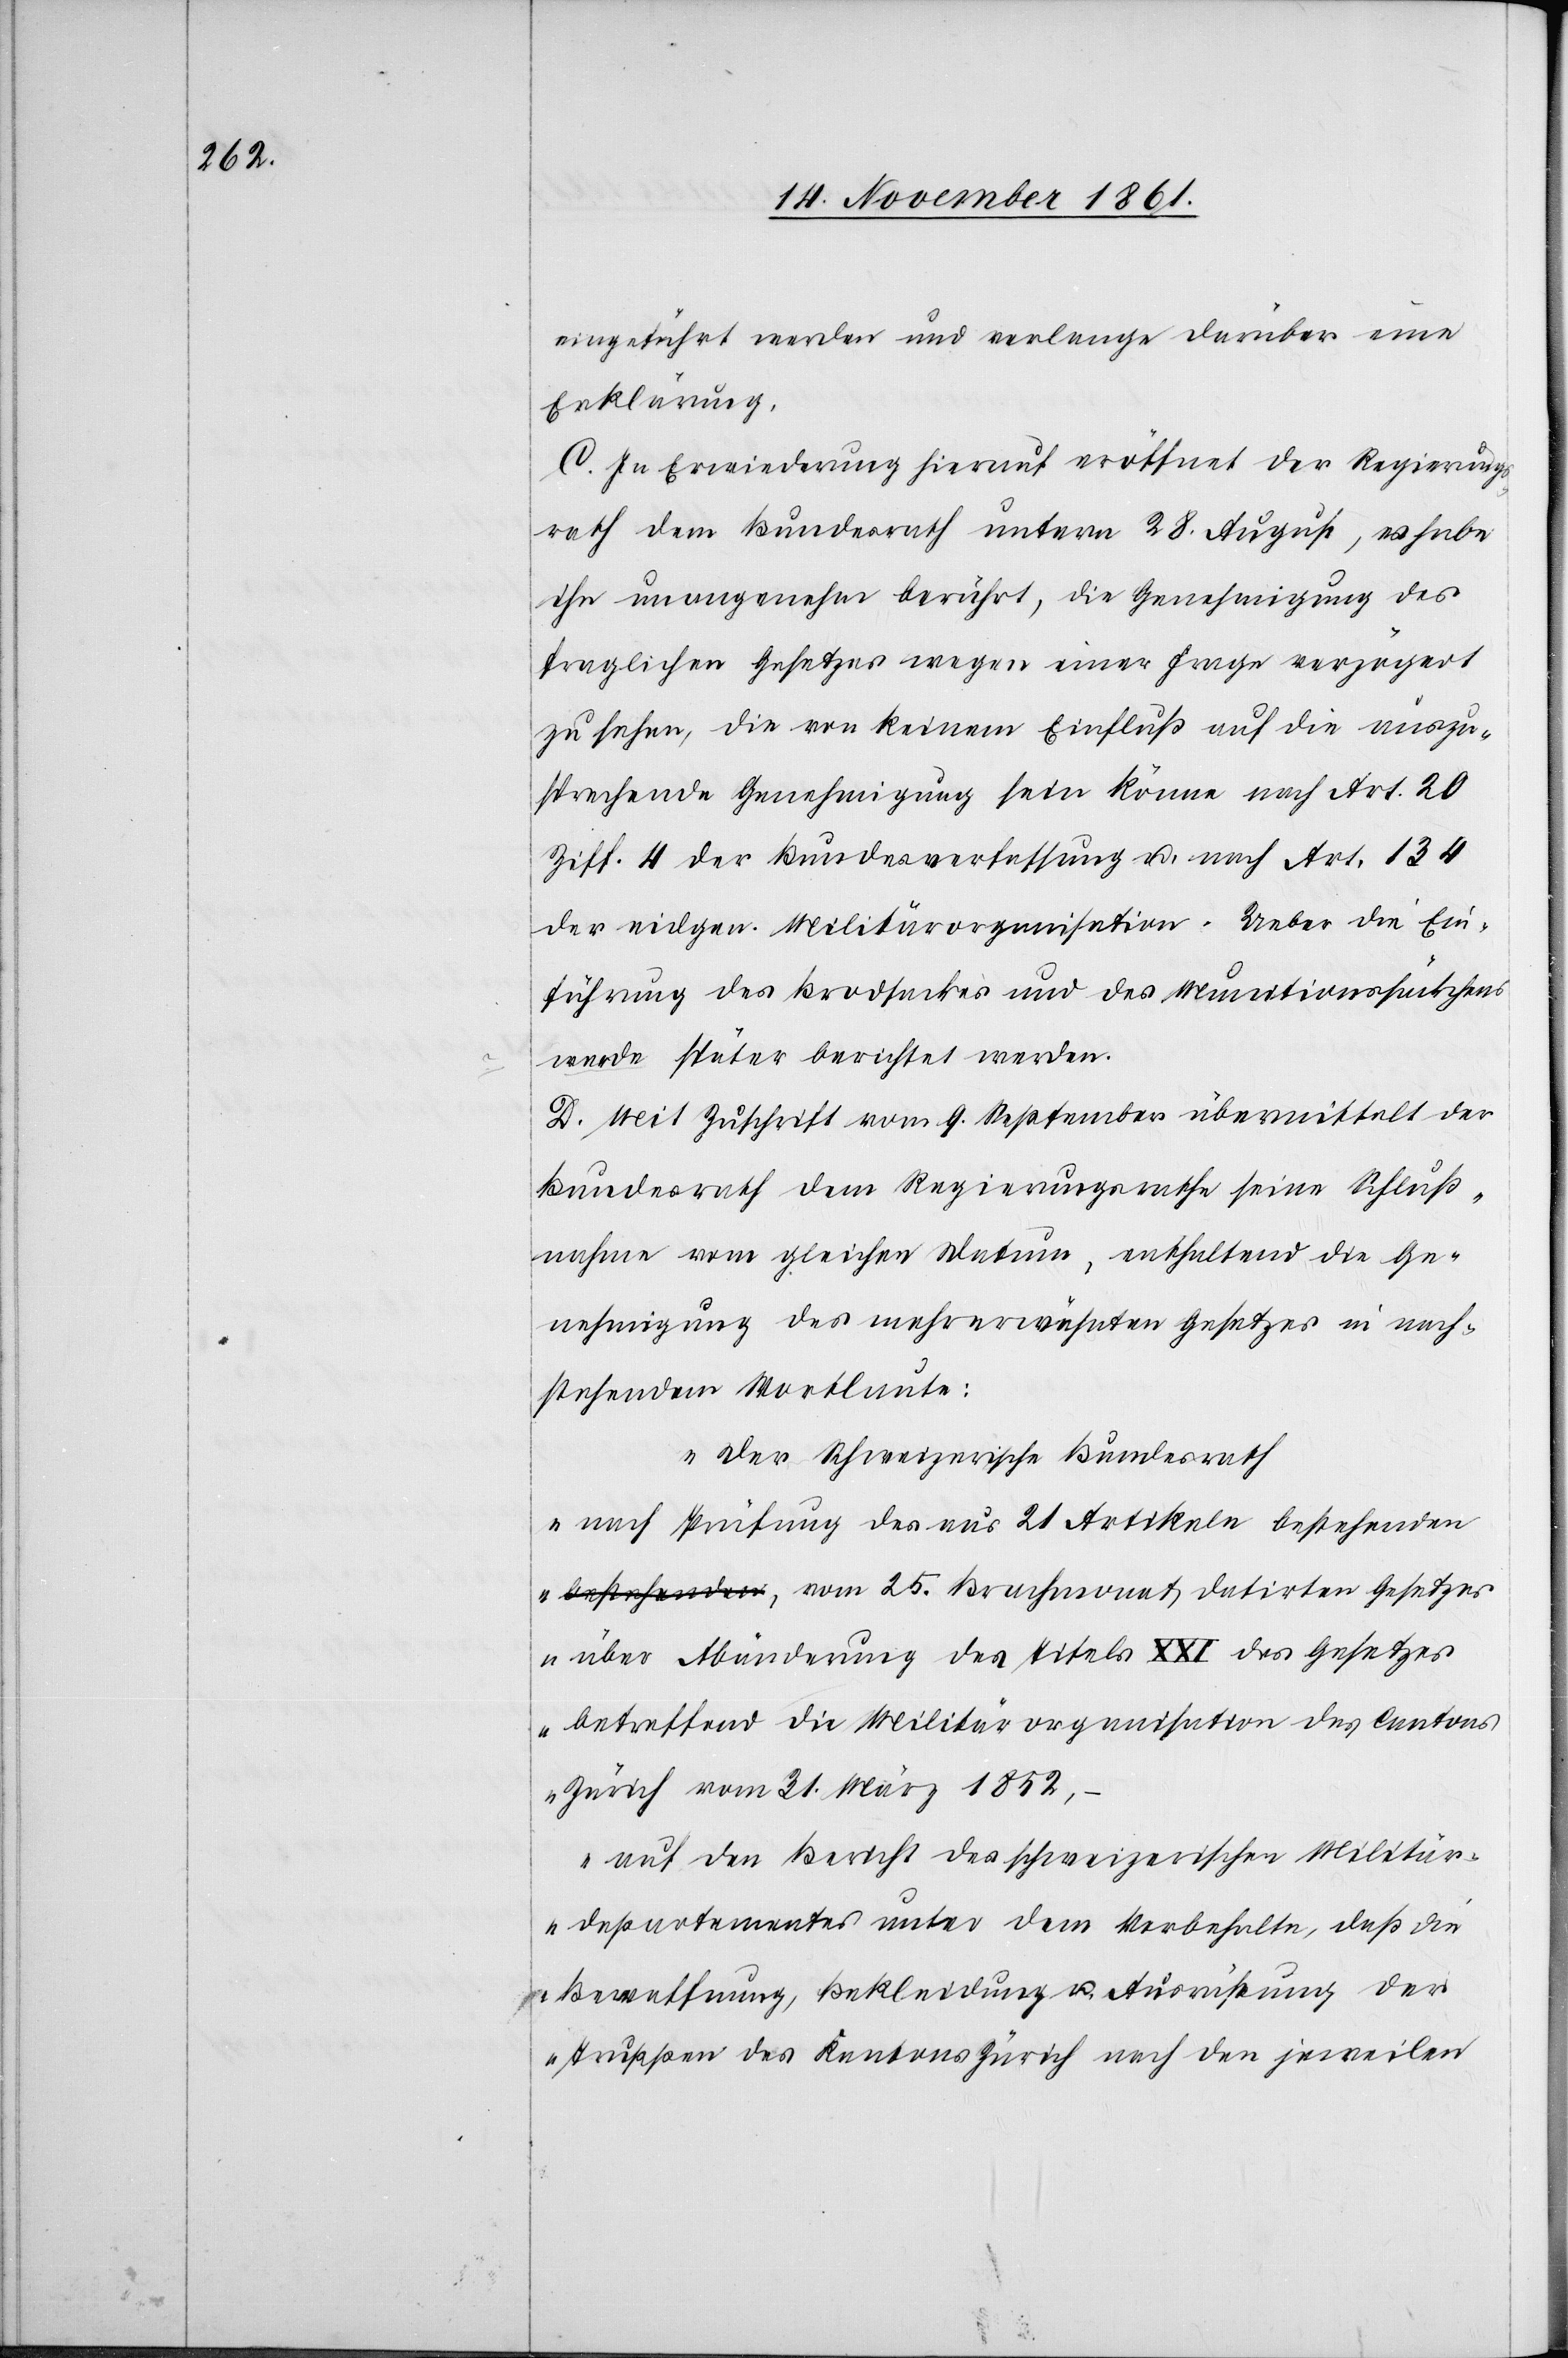
eingeführt werden und verlange darüber eine
Erklärung.
C. In Erwiederung hierauf eröffnet der Regierungs¬
rath dem Bundesrath unterm 28 August, es habe
ihn unangenehm berührt, die Genehmigung des
fraglichen Gesetzes wegen einer Frage verzögert
zu sehen, die von keinem Einfluß auf die auszu¬
sprechende Genehmigung sein könne nach Art. 20
Ziff. 4 der Bundesverfassung u. nach Art. 134
der vielgen. Militärorganisation. Ueber die Ein¬
führung des Brodsackes und des Munitionssäckchens
werde später berichtet werden.
D. Mit Zuschrift vom 9 September übermittelt der
Bundesrath dem Regierungsrathe seine Schluß¬
nahme vom gleichen Datum, enthaltend die Ge¬
nehmigung des mehrerwähnten Gesetzes in nach¬
stehendem Wortlaute:
„Der Schweizerische Bundesrath
nach Prüfung des aus 21 Artikeln bestehenden,
über die Abänderung des Titel XXI des Gesetzes
betreffend die Militärorganisation des Cantons
Zürich vom 31 März 1852.
auf den Bericht des schweizerischen Militär¬
departementes unter dem Vorbehalte, daß die
Beschaffung, Bekleidung u. Ausrüstung der
Truppen des Kantons Zürich nach den jeweilen